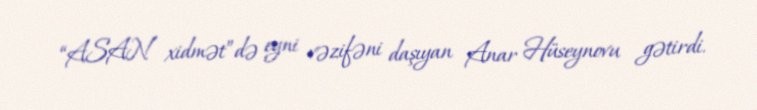
“ASAN xidmət”də eyni vəzifəni daşıyan Anar Hüseynovu gətirdi.